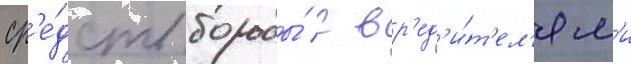
ср'е́дств борьбы́ с вр'ед'и́т'ел'ям'и